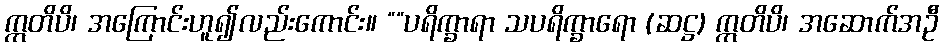
ဣတိပိ၊ အကြောင်းဟူ၍လည်းကောင်း။ ““ပရိက္ခာရာ သပရိက္ခာရော (ဆဋ္ဌ) ဣတိပိ၊ အဆောက်အဦ